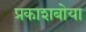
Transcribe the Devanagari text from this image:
प्रकाशबोया